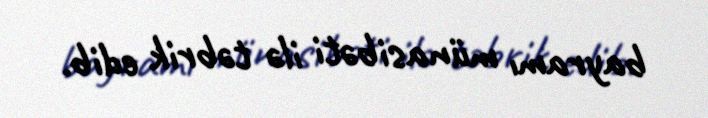
bayramı münasibəti ilə təbrik edib.